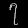
Digit: ၇